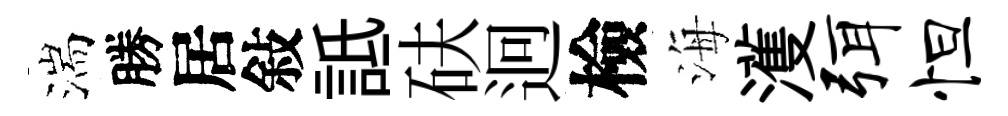
湍勝居敍詆砆迥檢海濩弭怛